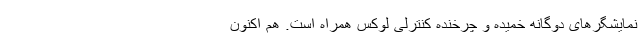
نمایشگرهای دوگانه خمیده و چرخنده کنترلی لوکس همراه است. هم اکنون